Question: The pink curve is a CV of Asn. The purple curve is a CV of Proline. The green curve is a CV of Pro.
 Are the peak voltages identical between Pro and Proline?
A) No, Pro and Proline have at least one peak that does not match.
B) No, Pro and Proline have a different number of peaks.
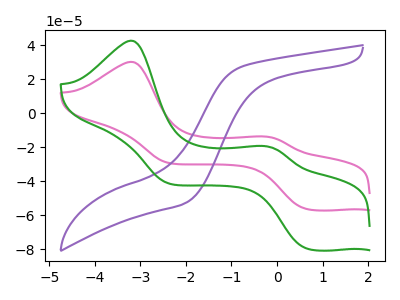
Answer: <think>The pink curve "Asn" has anodic peaks at (-3.20V, 30.20uA) (-0.25V, -13.65uA) and cathodic peaks at (0.65V, -56.20uA) (-2.40V, -29.20uA). The purple curve "Proline" has no peaks. The green curve "Pro" has anodic peaks at (-3.20V, 42.70uA) (-0.25V, -19.30uA) and cathodic peaks at (0.65V, -79.40uA) (-2.40V, -41.20uA).</think>
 <answer>B) No, "Pro" and "Proline" have a different number of peaks.</answer>
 <eval>B</eval>